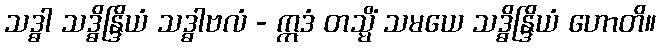
သဒ္ဓါ သဒ္ဓိန္ဒြိယံ သဒ္ဓါဗလံ - ဣဒံ တသ္မိံ သမယေ သဒ္ဓိန္ဒြိယံ ဟောတိ။